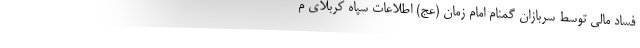
فساد مالی توسط سربازان گمنام امام زمان (عج) اطلاعات سپاه کربلای م